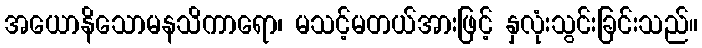
အယောနိသောမနသိကာရော၊ မသင့်မတယ်အားဖြင့် နှလုံးသွင်းခြင်းသည်။